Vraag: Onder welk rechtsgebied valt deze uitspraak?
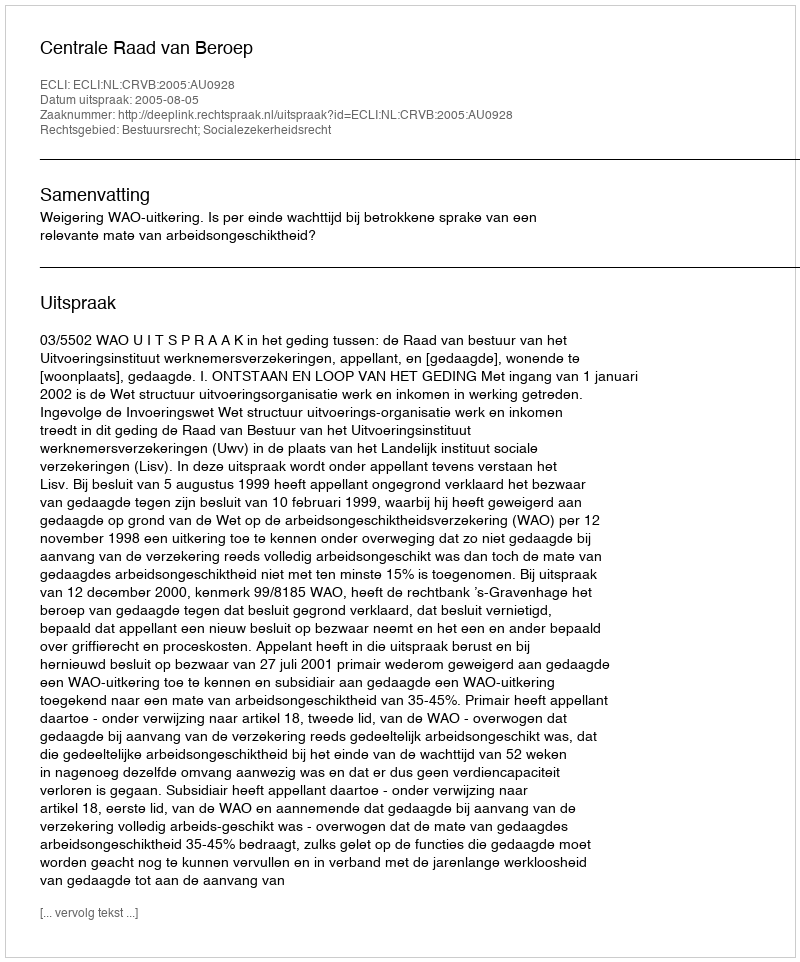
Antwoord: Bestuursrecht; Socialezekerheidsrecht